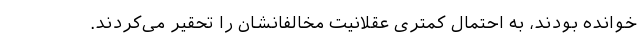
خوانده بودند، به احتمال کمتری عقلانیت مخالفانشان را تحقیر می‌کردند.